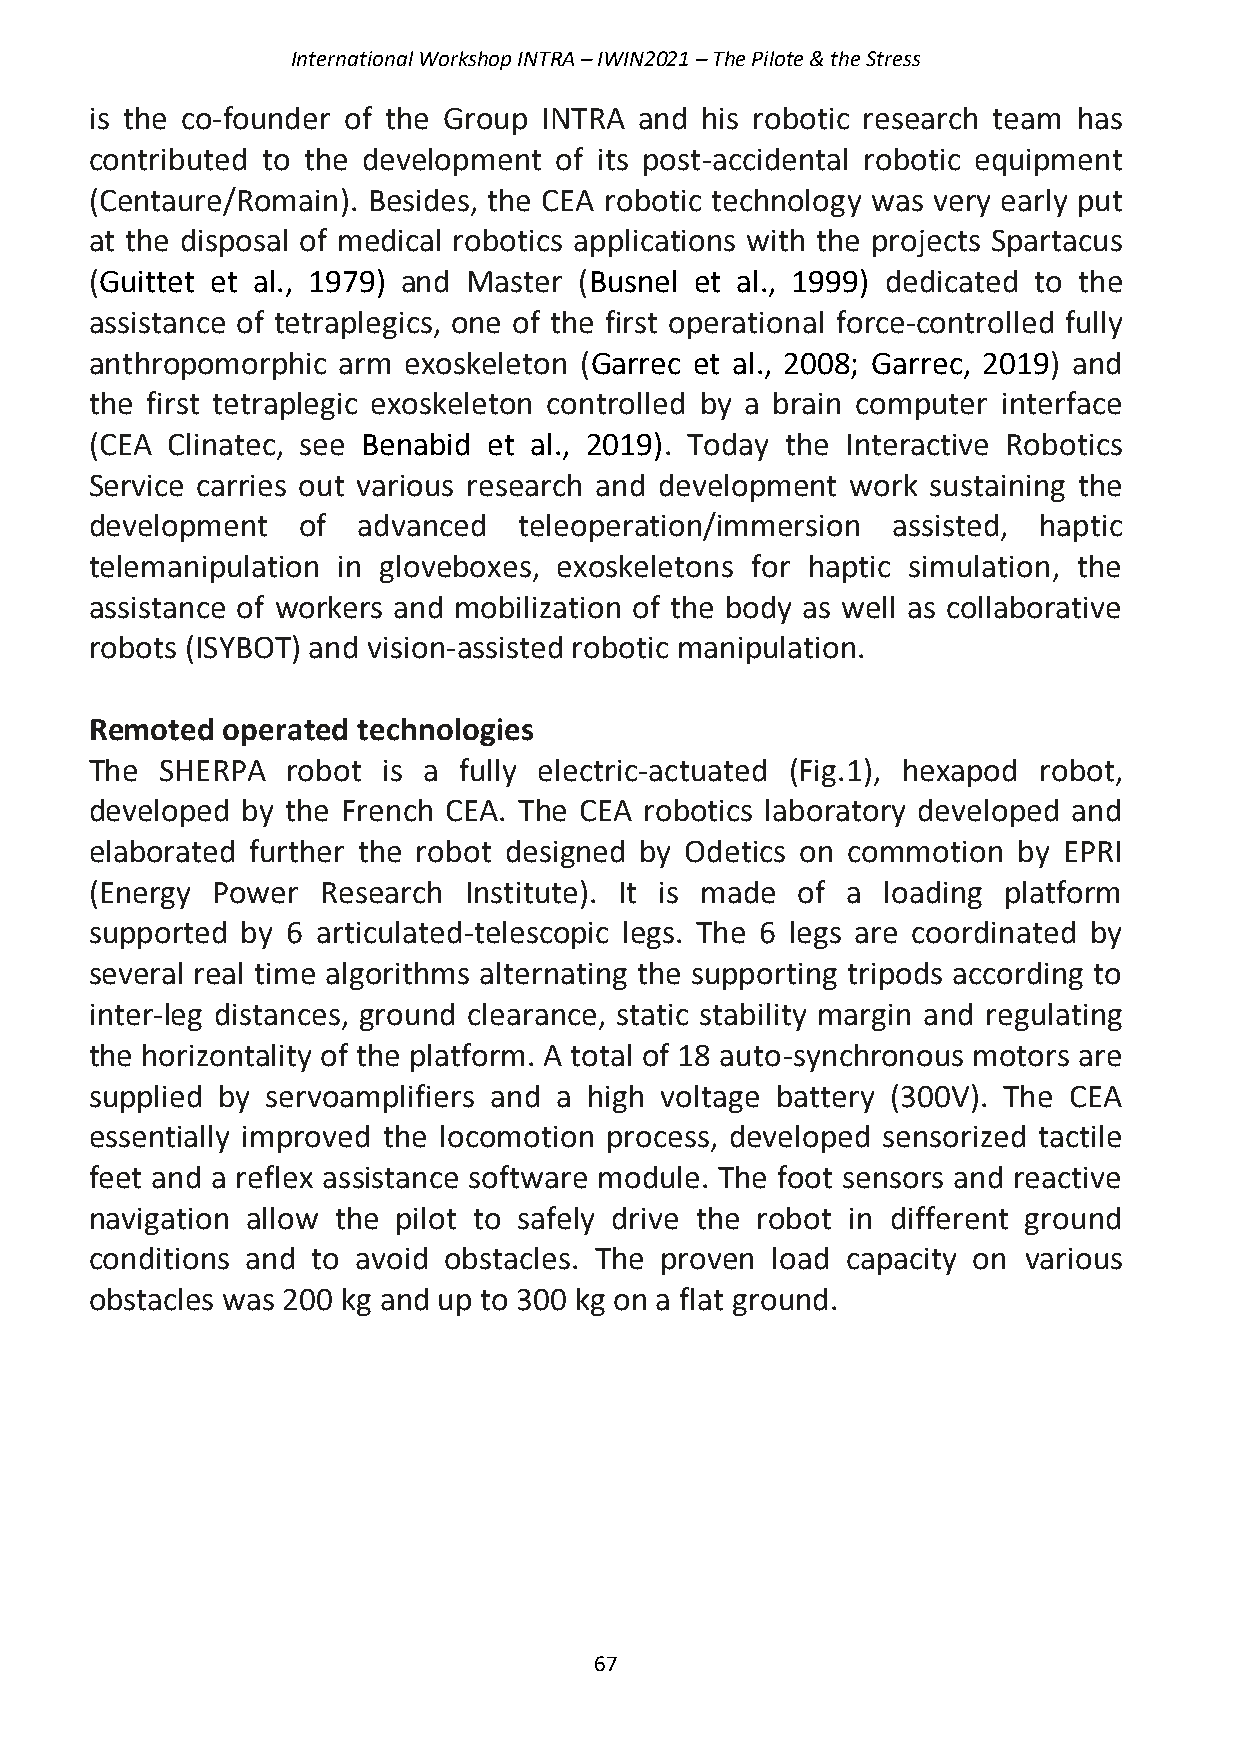
International Workshop INTRA – IWIN2021 – The Pilote & the Stress
 is the co-founder of the Group INTRA and his robotic research team has
 contributed to the development of its post-accidental robotic equipment
 (Centaure/Romain). Besides, the CEA robotic technology was very early put
 at the disposal of medical robotics applications with the projects Spartacus
 (Guittet et al., 1979) and Master (Busnel et al., 1999) dedicated to the
 assistance of tetraplegics, one of the first operational force-controlled fully
 anthropomorphic arm  exoskeleton (Garrec et al., 2008; Garrec, 2019) and
 the first tetraplegic exoskeleton controlled by a brain computer interface
 (CEA Clinatec, see Benabid et al., 2019). Today the Interactive Robotics
 Service carries out various research and development work sustaining the
 development   of  advanced  teleoperation/immersion  assisted, haptic
 telemanipulation in gloveboxes, exoskeletons for haptic simulation, the
 assistance of workers and mobilization of the body as well as collaborative
 robots (ISYBOT) and vision-assisted robotic manipulation.
 Remoted  operated technologies
 The  SHERPA  robot is a fully electric-actuated (Fig.1), hexapod robot,
 developed by the French CEA. The CEA robotics laboratory developed and
 elaborated further the robot designed by Odetics on commotion by EPRI
 (Energy Power  Research  Institute). It is made of a loading platform
 supported by 6 articulated-telescopic legs. The 6 legs are coordinated by
 several real time algorithms alternating the supporting tripods according to
 inter-leg distances, ground clearance, static stability margin and regulating
 the horizontality of the platform. A total of 18 auto-synchronous motors are
 supplied by servoamplifiers and a high voltage battery (300V). The CEA
 essentially improved the locomotion process, developed sensorized tactile
 feet and a reflex assistance software module. The foot sensors and reactive
 navigation allow the pilot to safely drive the robot in different ground
 conditions and to avoid obstacles. The proven load capacity on various
 obstacles was 200 kg and up to 300 kg on a flat ground.
 67